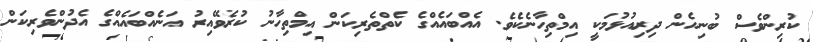
ކުރިންވެސް ބުނިހެން ދިރިއުޅުމަކީ އިމްތިހާނެކެވެ. އެއްބައެއްގެ ކެތްތެރިކަން އިމްތިހާނު ކުރެވޭއިރު އަނެއްބައެއްގެ އެދުންވެރިކަން